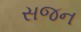
સજન